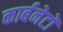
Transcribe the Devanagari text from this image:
कार्बनेटों